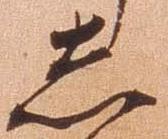
し